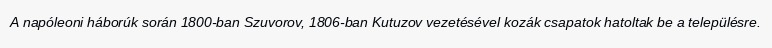
A napóleoni háborúk során 1800-ban Szuvorov, 1806-ban Kutuzov vezetésével kozák csapatok hatoltak be a településre.